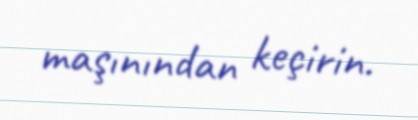
maşınından keçirin.